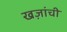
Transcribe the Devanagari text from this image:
खज़ांची